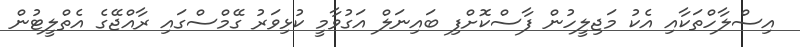
އިސްލާހްތަކާއި އެކު މަޖިލީހުން ފާސްކޮށްފި ބައިނަލް އަގުވާމީ ކުޅިވަރު ގޭމްސްގައި ރާއްޖޭގެ އެތްލީޓުން